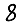
Digit: 8